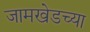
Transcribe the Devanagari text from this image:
जामखेडच्या